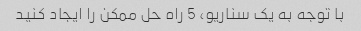
با توجه به یک سناریو، 5 راه حل ممکن را ایجاد کنید